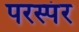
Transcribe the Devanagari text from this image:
परस्पंर